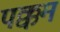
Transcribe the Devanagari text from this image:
पक्कम